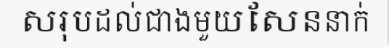
សរុបដល់ជាងមួយសែននាក់